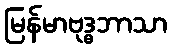
မြန်မာဗုဒ္ဓဘာသာ